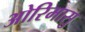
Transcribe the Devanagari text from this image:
ओरिमासु